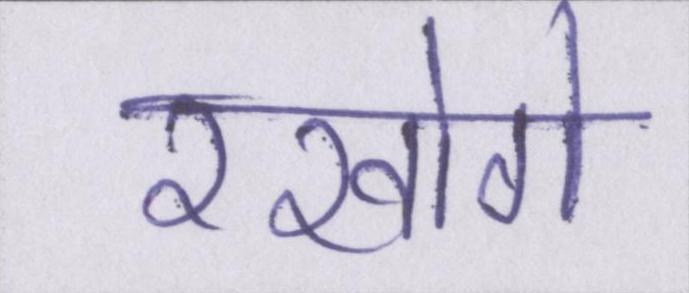
रखोगे